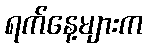
ရက်နေ့များက